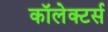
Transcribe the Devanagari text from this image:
कॉलेक्टर्स